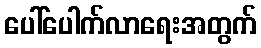
ပေါ်ပေါက်လာရေးအတွက်